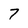
Character: 7